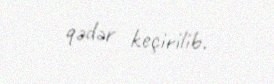
qədər keçirilib.